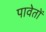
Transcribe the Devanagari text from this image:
पावेतों